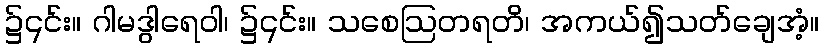
၌၎င်း။ ဂါမဒွါရေဝါ၊ ၌၎င်း။ သစေဩတရတိ၊ အကယ်၍သတ်ချေအံ့။